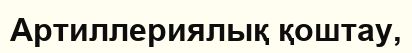
Артиллериялық қоштау,